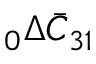
\phantom { } _ { 0 } \Delta \bar { C } _ { 3 1 }